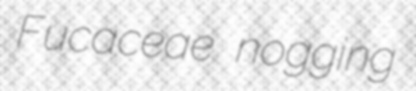
Fucaceae nogging